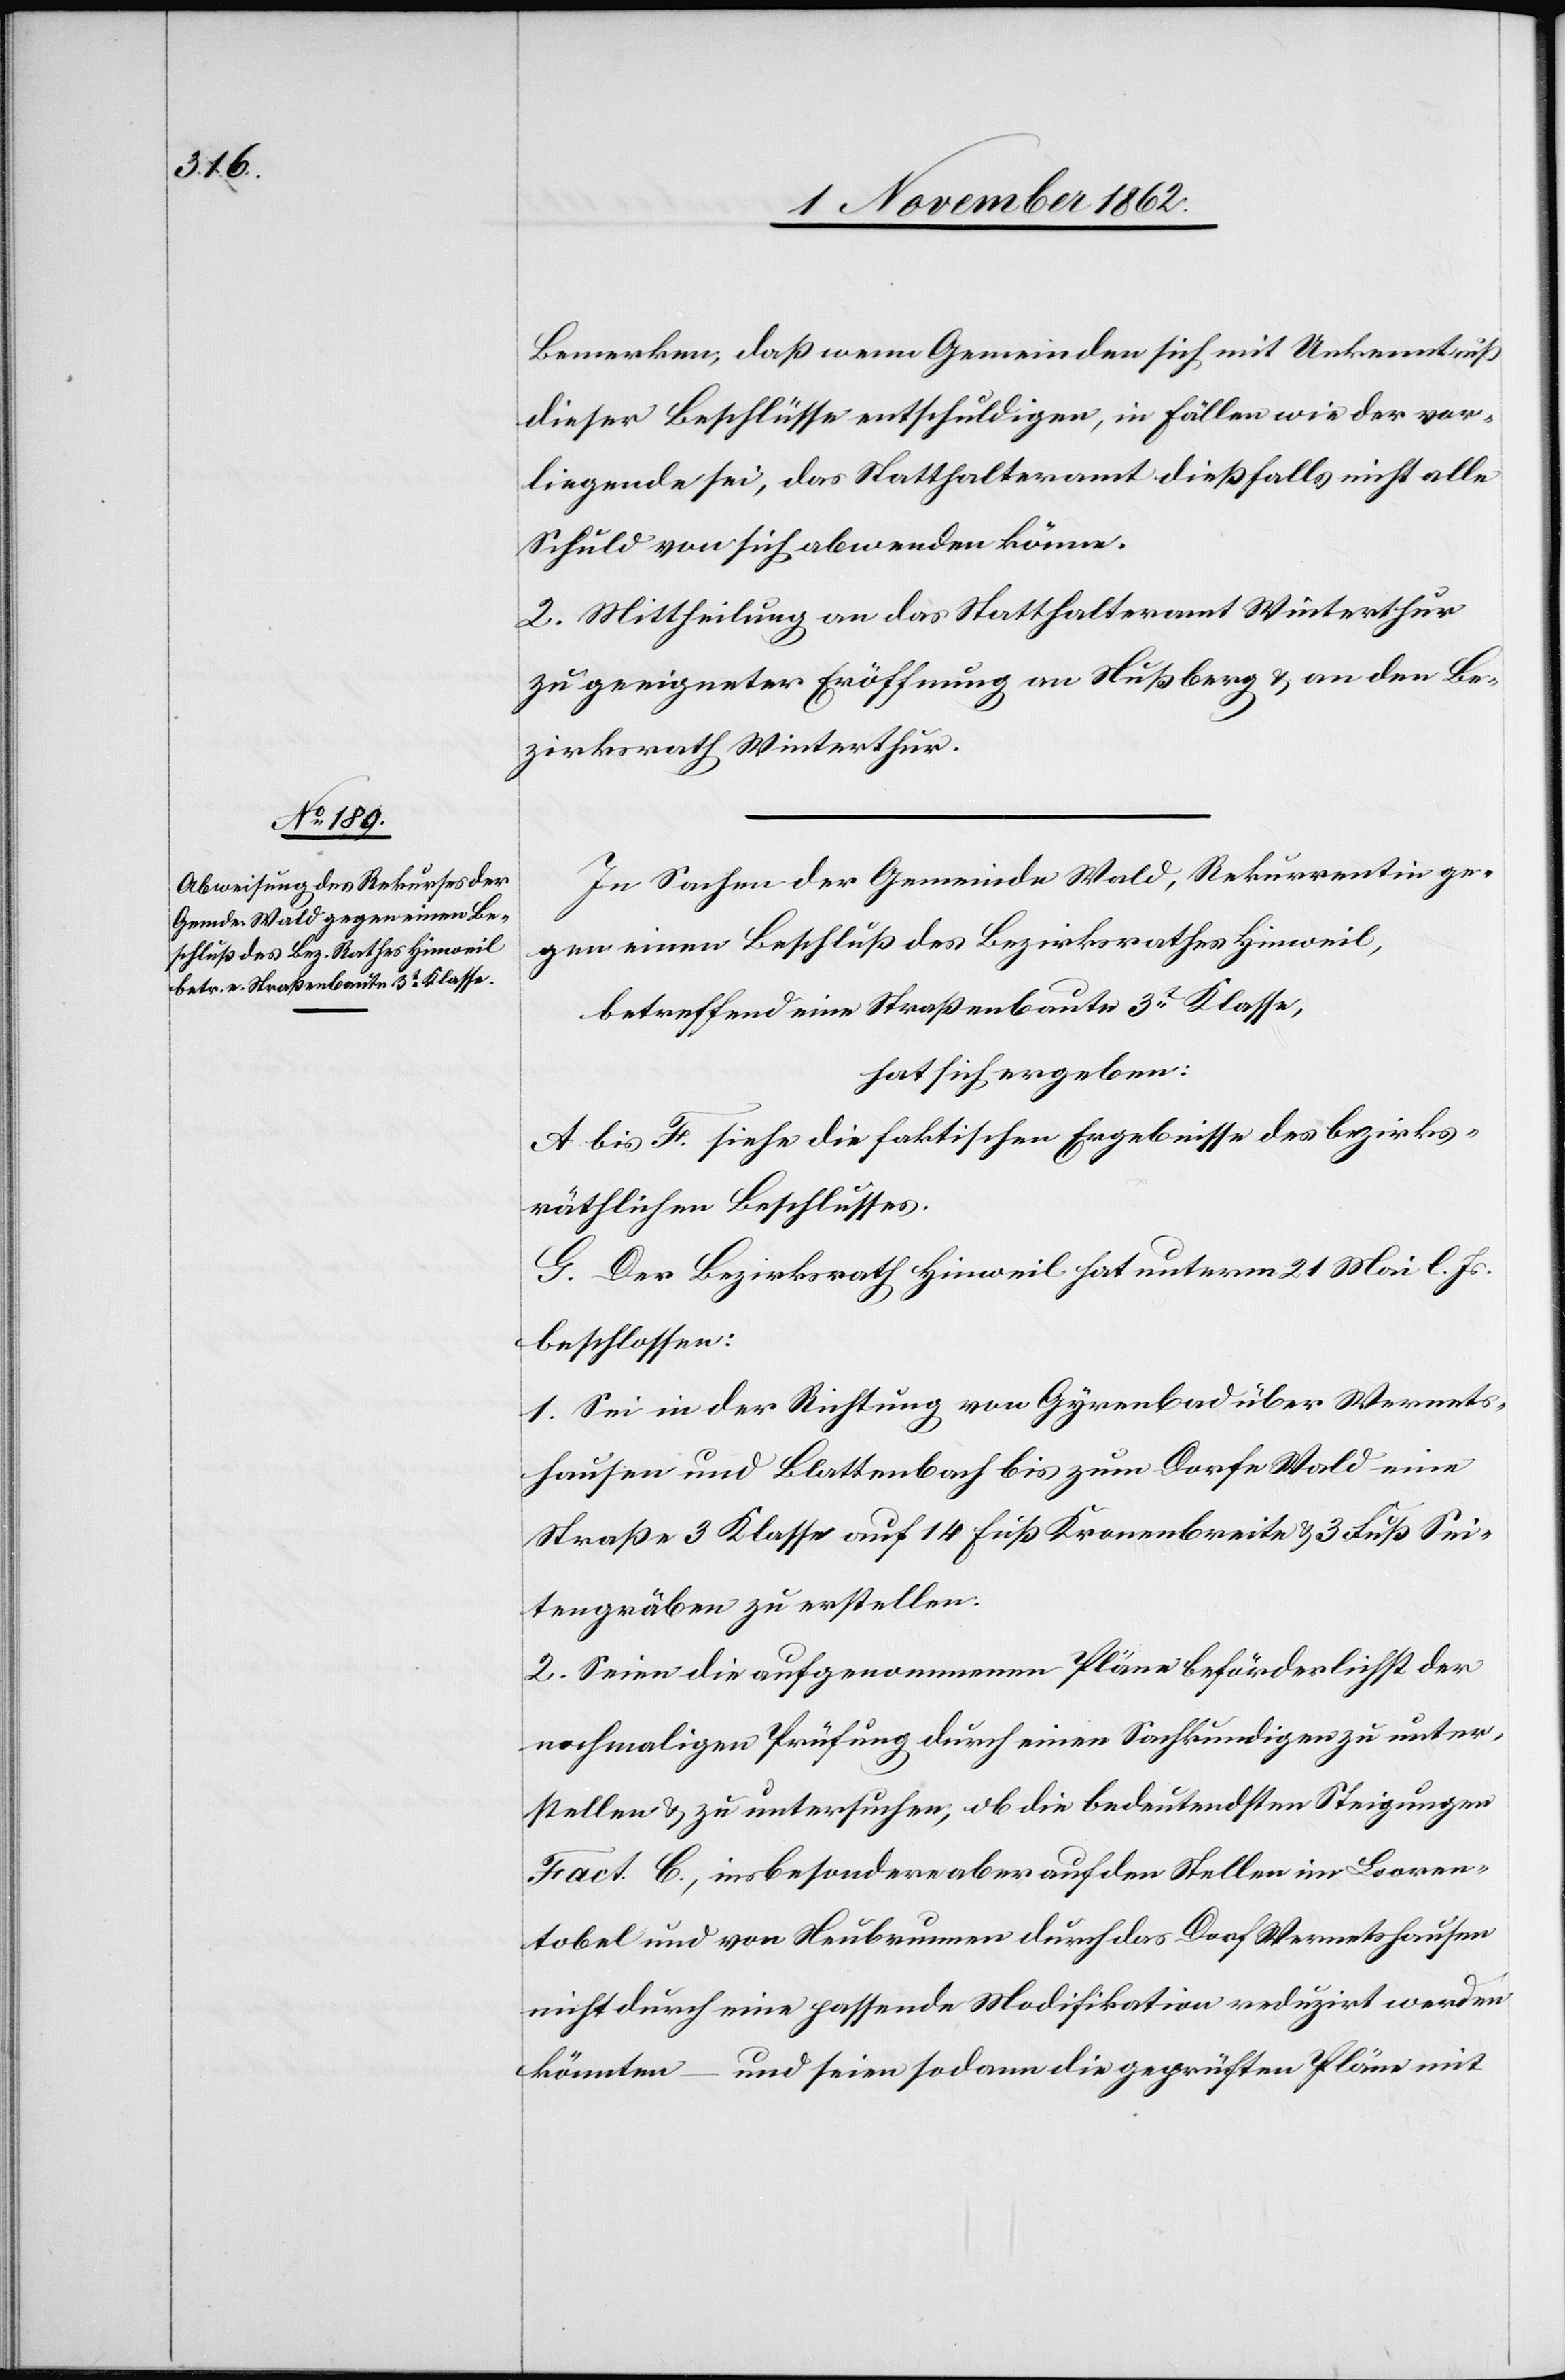
Bemerken, daß wenn Gemeinden sich mit Unkenntniß
dieser Beschlüsse entschuldigen, in Fällen wie der vor¬
liegende sei, das Statthalteramt dießfalls nicht alle
Schuld von sich abwenden könne.
2. Mittheilung an das Statthalteramt Winterthur
zu geeigneter Eröffnung an Nußberg u. an den Be¬
zirksrath Winterthur.
In Sachen der Gemeinde Wald, Rekurrentin ge¬
gen einen Beschluß des Bezirksrathes Hinweil,
betreffend eine Straßenbaute 3t Klasse,
hat sich ergeben:
A bis F. siehe die faktischen Ergebnisse des bezirks¬
räthlichen Beschlusses.
G. Der Bezirksrath Hinweil hat unterm 21. Mai l. Js.
beschlossen:
1. Sei in der Richtung von Gyrenbad über Wernets¬
hausen und Blattenbach bis zum Dorfe Wald eine
Straße 3 Klasse auf 14 Fuß Kronenbreite u. 3 Fuß Sei¬
tengräben zu erstellen.
2. Seien die aufgenommenen Pläne beförderlichst der
nochmaligen Prüfung durch einen Sachkundigen zu unter¬
stellen u. zu untersuchen, ob die bedeutendsten Steigungen
Fact. C., insbesondere aber auf den Stellen im Looren¬
tobel und von Neubrunnen durch das Dorf Wernetshausen
nicht durch eine passende Modifikation reduzirt werden
könnten – und seien sodann die geprüften Pläne mit